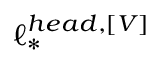
\ell _ { * } ^ { h e a d , \left[ V \right] }